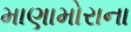
માણામોરાના